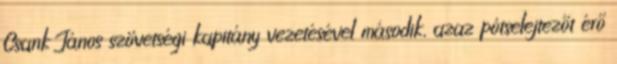
Csank János szövetségi kapitány vezetésével második, azaz pótselejtezőt érő